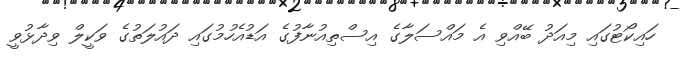
ހައިކޯޓުގައި މިއަދު ބޭއްވި އެ މައްސަލާގެ އިސްތިއުނާފުގެ އަޑުއެހުމުގައި ދައުލަތުގެ ވަކީލް ވިދާޅުވީ